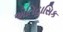
એતિહાસિક